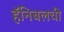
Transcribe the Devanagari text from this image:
हॅनिबलची